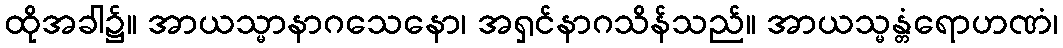
ထိုအခါ၌။ အာယသ္မာနာဂသေနော၊ အရှင်နာဂသိန်သည်။ အာယသ္မန္တံရောဟဏံ၊